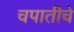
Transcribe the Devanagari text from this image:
चपातीचे